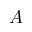
{ \cal { A } }